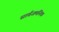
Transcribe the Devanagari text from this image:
सार्वजमनिक